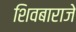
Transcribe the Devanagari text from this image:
शिवबाराजे